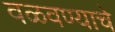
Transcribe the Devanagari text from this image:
वळवण्याचे